Vaccination United Provinces of Agra and Oudh 1914-1922 - 1914-1922
Year: 1914
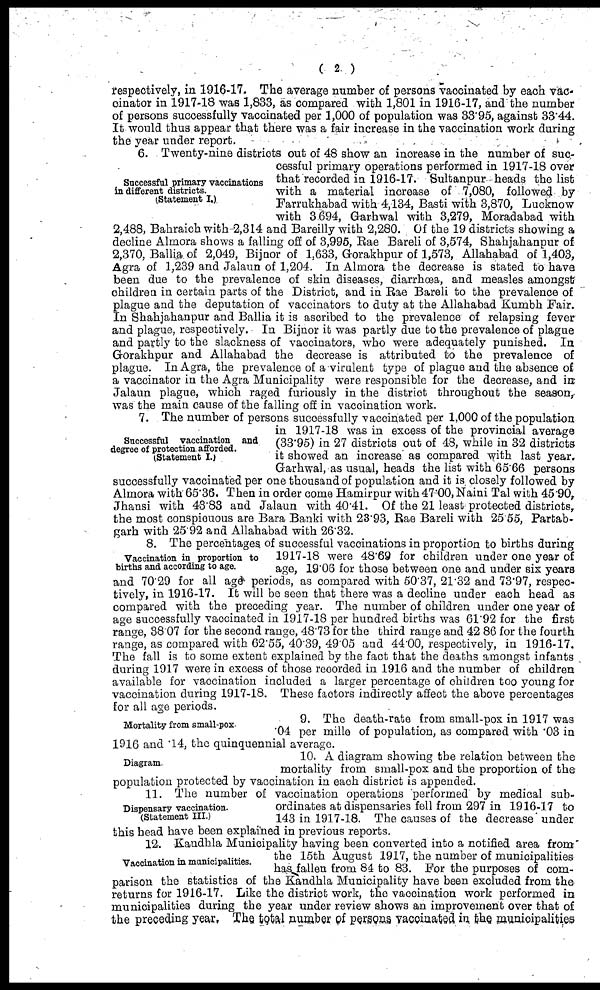
( 2 )
respectively, in 1916-17. The average number of persons vaccinated by each vac¬
cinator in 1917-18 was 1,833, as compared with 1,801 in 1916-17, and the number
of persons successfully vaccinated per 1,000 of population was 33.95, against 33.44.
It would thus appear that there was a fair increase in the vaccination work during
the year under report.
Successful primary vaccinations
in different districts.
(Statement I.).
6. Twenty-nine districts out of 48 show an increase in the number of suc-
cessful primary operations performed in 1917-18 over
that recorded in 1916-17. Sultanpur heads the list
with a material increase of 7,080, followed by
Farrukhabad with 4,134, Basti with 3,870, Lucknow
with 3.694, Garhwal with 3,279, Moradabad with
2,488, Bahraich with 2,314 and Bareilly with 2,280. Of the 19 districts showing a
decline Almora shows a falling off of 3,995, Rae Bareli of 3,574, Shahjahanpur of
2,370, Ballia of 2,049, Bijnor of 1,633, Gorakhpur of 1,573, Allahabad of 1,403,
Agra of 1,239 and Jalaun of 1,204. In Almora the decrease is stated to have
been due to the prevalence of skin diseases, diarrhœa, and measles amongst
children in certain parts of the District, and in Rae Bareli to the prevalence of
plague and the deputation of vaccinators to duty at the Allahabad Kumbh Fair.
In Shahjahanpur and Ballia it is ascribed to the prevalence of relapsing fever
and plague, respectively. In Bijnor it was partly due to the prevalence of plague
and partly to the slackness of vaccinators, who were adequately punished. In
Gorakhpur and Allahabad the decrease is attributed to the prevalence of
plague. In Agra, the prevalence of a virulent type of plague and the absence of
a vaccinator in the Agra Municipality were responsible for the decrease, and in
Jalaun plague, which raged furiously in the district throughout the season,
was the main cause of the falling off in vaccination work.
Successful vaccination and
degree of protection afforded.
(Statement I.)
7. The number of persons successfully vaccinated per 1,000 of the population
in 1917-18 was in excess of the provincial average
(33.95) in 27 districts out of 48, while in 32 districts
it showed an increase as compared with last year.
Garhwal, as usual, heads the list with 65.66 persons
successfully vaccinated per one thousand of population and it is closely followed by
Almora with 65.36. Then in order come Hamirpur with 47.00, Naini Tal with 45.90,
Jhansi with 43.83 and Jalaun with 40.41. Of the 21 least protected districts,
the most conspicuous are Bara Banki with 23.93, Rae Bareli with 25.55, Partab¬
garh with 25.92 and Allahabad with 26.32.
Vaccination in proportion to
births and according to age.
8. The percentages of successful vaccinations in proportion to births during
1917-18 were 48.69 for children under one year of
age, 19.06 for those between one and under six years
and 70.29 for all age periods, as compared with 50.37, 21.32 and 73.97, respec-
tively, in 1916-17. It will be seen that there was a decline under each head as
compared with the preceding year. The number of children under one year of
age successfully vaccinated in 1917-18 per hundred births was 61.92 for the first
range, 38.07 for the second range, 48.73 for the third range and 42 86 for the fourth
range, as compared with 62.55, 40.39, 49.05 and 44.00, respectively, in 19.16-17.
The fall is to some extent explained by the fact that the deaths amongst infants
during 1917 were in excess of those recorded in 1916 and the number of children
available for vaccination included a larger percentage of children too young for
vaccination during 1917-18. These factors indirectly affect the above percentages
for all age periods.
Mortality from small-pox.
9. The death-rate from small-pox in 1917 was
.04 per mille of population, as compared with .03 in
1916 and .14, the quinquennial average.
Diagram.
10. A diagram showing the relation between the
mortality from small-pox and the proportion of the
population protected by vaccination in each district is appended.
Dispensary vaccination.
(Statement III.)
11. The number of vaccination operations performed by medical sub-
ordinates at dispensaries fell from 297 in 1916-17 to
143 in 1917-18. The causes of the decrease under
this head have been explained in previous reports.
Vaccination in municipalities.
12. Kandhla Municipality having been converted into a notified area from
the 15th August 1917, the number of municipalities
has fallen from 84 to 83. For the purposes of com-
parison the statistics of the Kandhla Municipality have been excluded from the
returns for 1916-17. Like the district work, the vaccination work performed in
municipalities during the year under review shows an improvement over that of
the preceding year. The total number of persons vaccinated in the municipalities